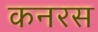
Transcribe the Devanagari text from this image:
कनरस